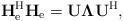
LaTeX: \begin{align*}\mathbf{H}_{\mathrm{e}}^{\mathrm{H}}\mathbf{H}_{\mathrm{e}}=\mathbf{U}\mathbf{\Lambda}\mathbf{U}^{\mathrm{H}},\end{align*}